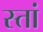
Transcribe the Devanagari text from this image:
स्तां